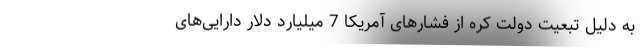
به دلیل تبعیت دولت کره از فشارهای آمریکا 7 میلیارد دلار دارایی‌های